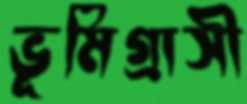
ভূমিগ্রাসী